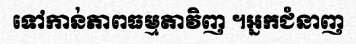
ទៅកាន់ភាពធម្មតាវិញ ។អ្នកជំនាញ